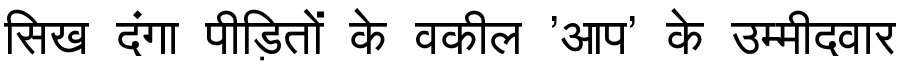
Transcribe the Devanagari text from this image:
सिख दंगा पीड़ितों के वकील 'आप' के उम्मीदवार